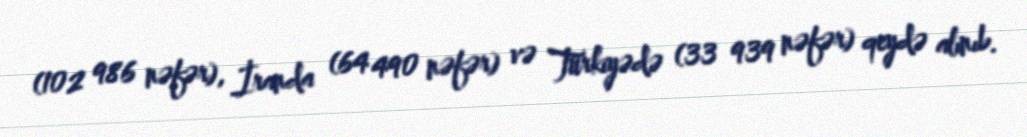
(102 986 nəfər), İranda (64 490 nəfər) və Türkiyədə (33 939 nəfər) qeydə alınıb.